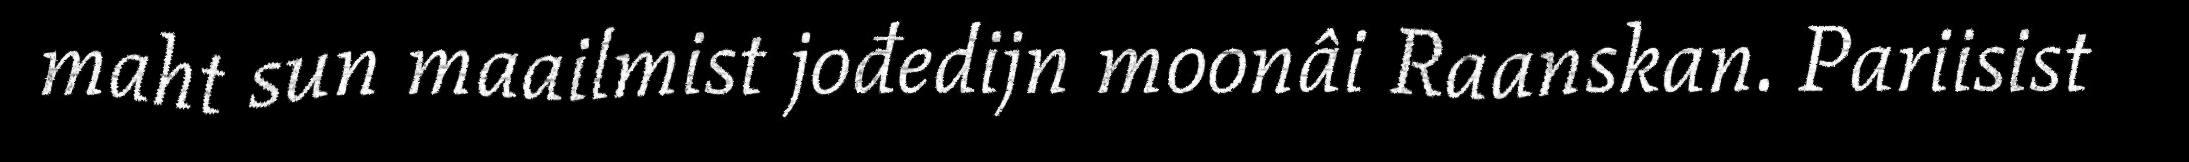
maht sun maailmist jođedijn moonâi Raanskan. Pariisist